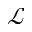
\mathcal { L }